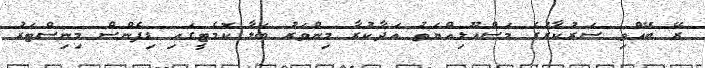
ރޭ ބޭއްވި ސަރުކާރުގެ މަސްއޫލިއްޔަތު އަދާކުރާ މިންވަރު ބަލާ ކޮމެޓީގައި ޑިފެންސް މިނިސްޓަރު